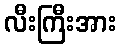
လီးကြီးအား